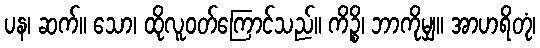
ပန၊ ဆက်။ သော၊ ထိုလူဝတ်ကြောင်သည်။ ကိဉ္စိ၊ ဘာကိုမျှ။ အာဟရိတုံ၊